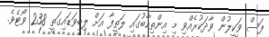
ފަސް ވަކީލުން ވާދަކުރެއްވި މި އިންތިހާބުގައި ލަތީފާ އަށް ލިބިވަޑައިގަތީ 238 ވޯޓެވެ.